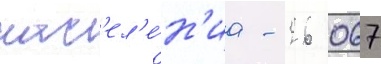
нас'ел'е́н'иа - 26 067